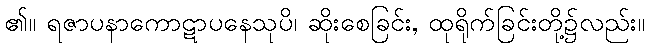
၏။ ရဇာပနာကောဋာပနေသုပိ၊ ဆိုးစေခြင်း, ထုရိုက်ခြင်းတို့၌လည်း။